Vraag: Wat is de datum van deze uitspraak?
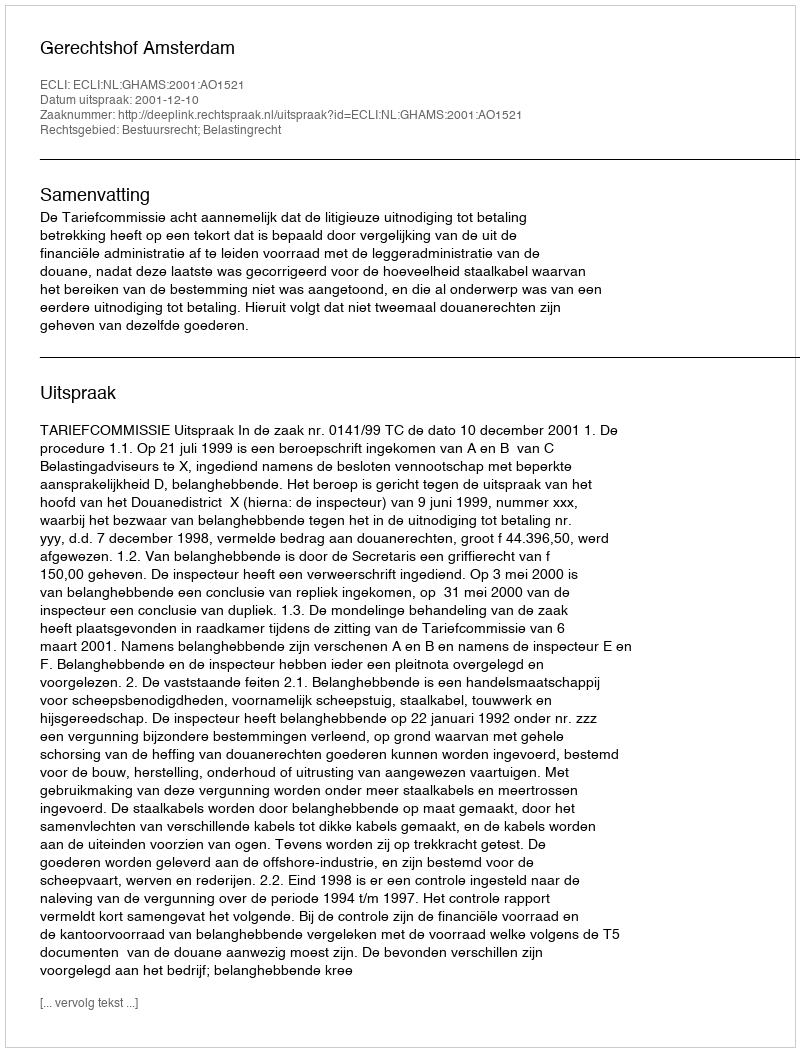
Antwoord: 2001-12-10